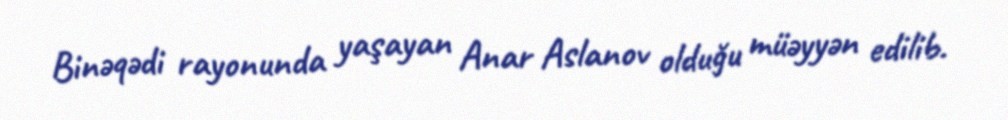
Binəqədi rayonunda yaşayan Anar Aslanov olduğu müəyyən edilib.